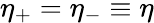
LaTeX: \eta_{+}=\eta_{-}\equiv\eta